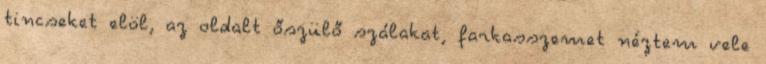
tincseket elöl, az oldalt őszülő szálakat, farkasszemet néztem vele